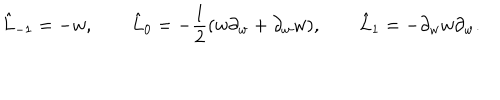
\hat { L } _ { - 1 } = - w , \qquad \hat { L } _ { 0 } = - { \frac { 1 } { 2 } } ( w \partial _ { w } + \partial _ { w } w ) , \qquad \hat { L } _ { 1 } = - \partial _ { w } w \partial _ { w } .